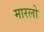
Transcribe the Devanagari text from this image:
मारलो